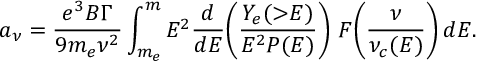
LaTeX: a _ { \nu } = \frac { e ^ { 3 } B \Gamma } { 9 m _ { e } \nu ^ { 2 } } \int _ { m _ { e } } ^ { m } E ^ { 2 } \frac { d } { d E } \! \left( \frac { Y _ { e } ( \mathord { > } E ) } { E ^ { 2 } P ( E ) } \right) \, F \! \left( \frac { \nu } { \nu _ { c } ( E ) } \right) d E .